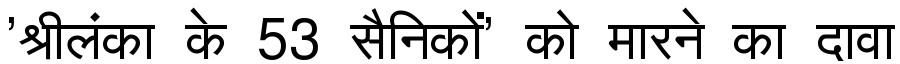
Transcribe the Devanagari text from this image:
'श्रीलंका के 53 सैनिकों' को मारने का दावा